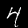
Digit: 4